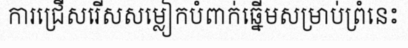
ការជ្រើសរើសសម្លៀកបំពាក់ឆ្នើមសម្រាប់ព្រំនេះ